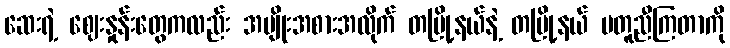
ဆေးရဲ့ ဈေးနှုန်းတွေကလည်း အမျိုးအစားအလိုက် တမြို့နယ်နဲ့ တမြို့နယ် မတူညီကြတာကို